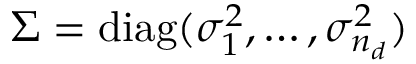
\Sigma = \operatorname { d i a g } ( \sigma _ { 1 } ^ { 2 } , \dots , \sigma _ { n _ { d } } ^ { 2 } )